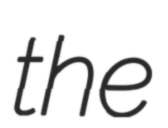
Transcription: the